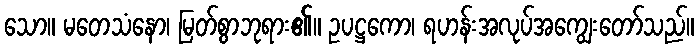
သော။ မတေသံနော၊ မြတ်စွာဘုရား၏။ ဥပဋ္ဌကော၊ ရဟန်းအလုပ်အကျွေးတော်သည်။